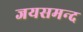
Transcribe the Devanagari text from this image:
जयसमन्‍द